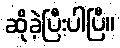
ဆိုခဲ့ပြီးပါပြီ။